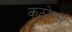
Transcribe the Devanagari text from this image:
कठोरत